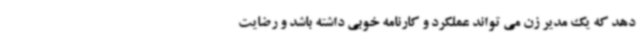
دهد که یک مدیر زن می تواند عملکرد و کارنامه خوبی داشته باشد و رضایت